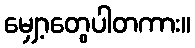
မျှော့တွေပါတကား။